Karu_vallavalitsus_Parnumaal, lk 49
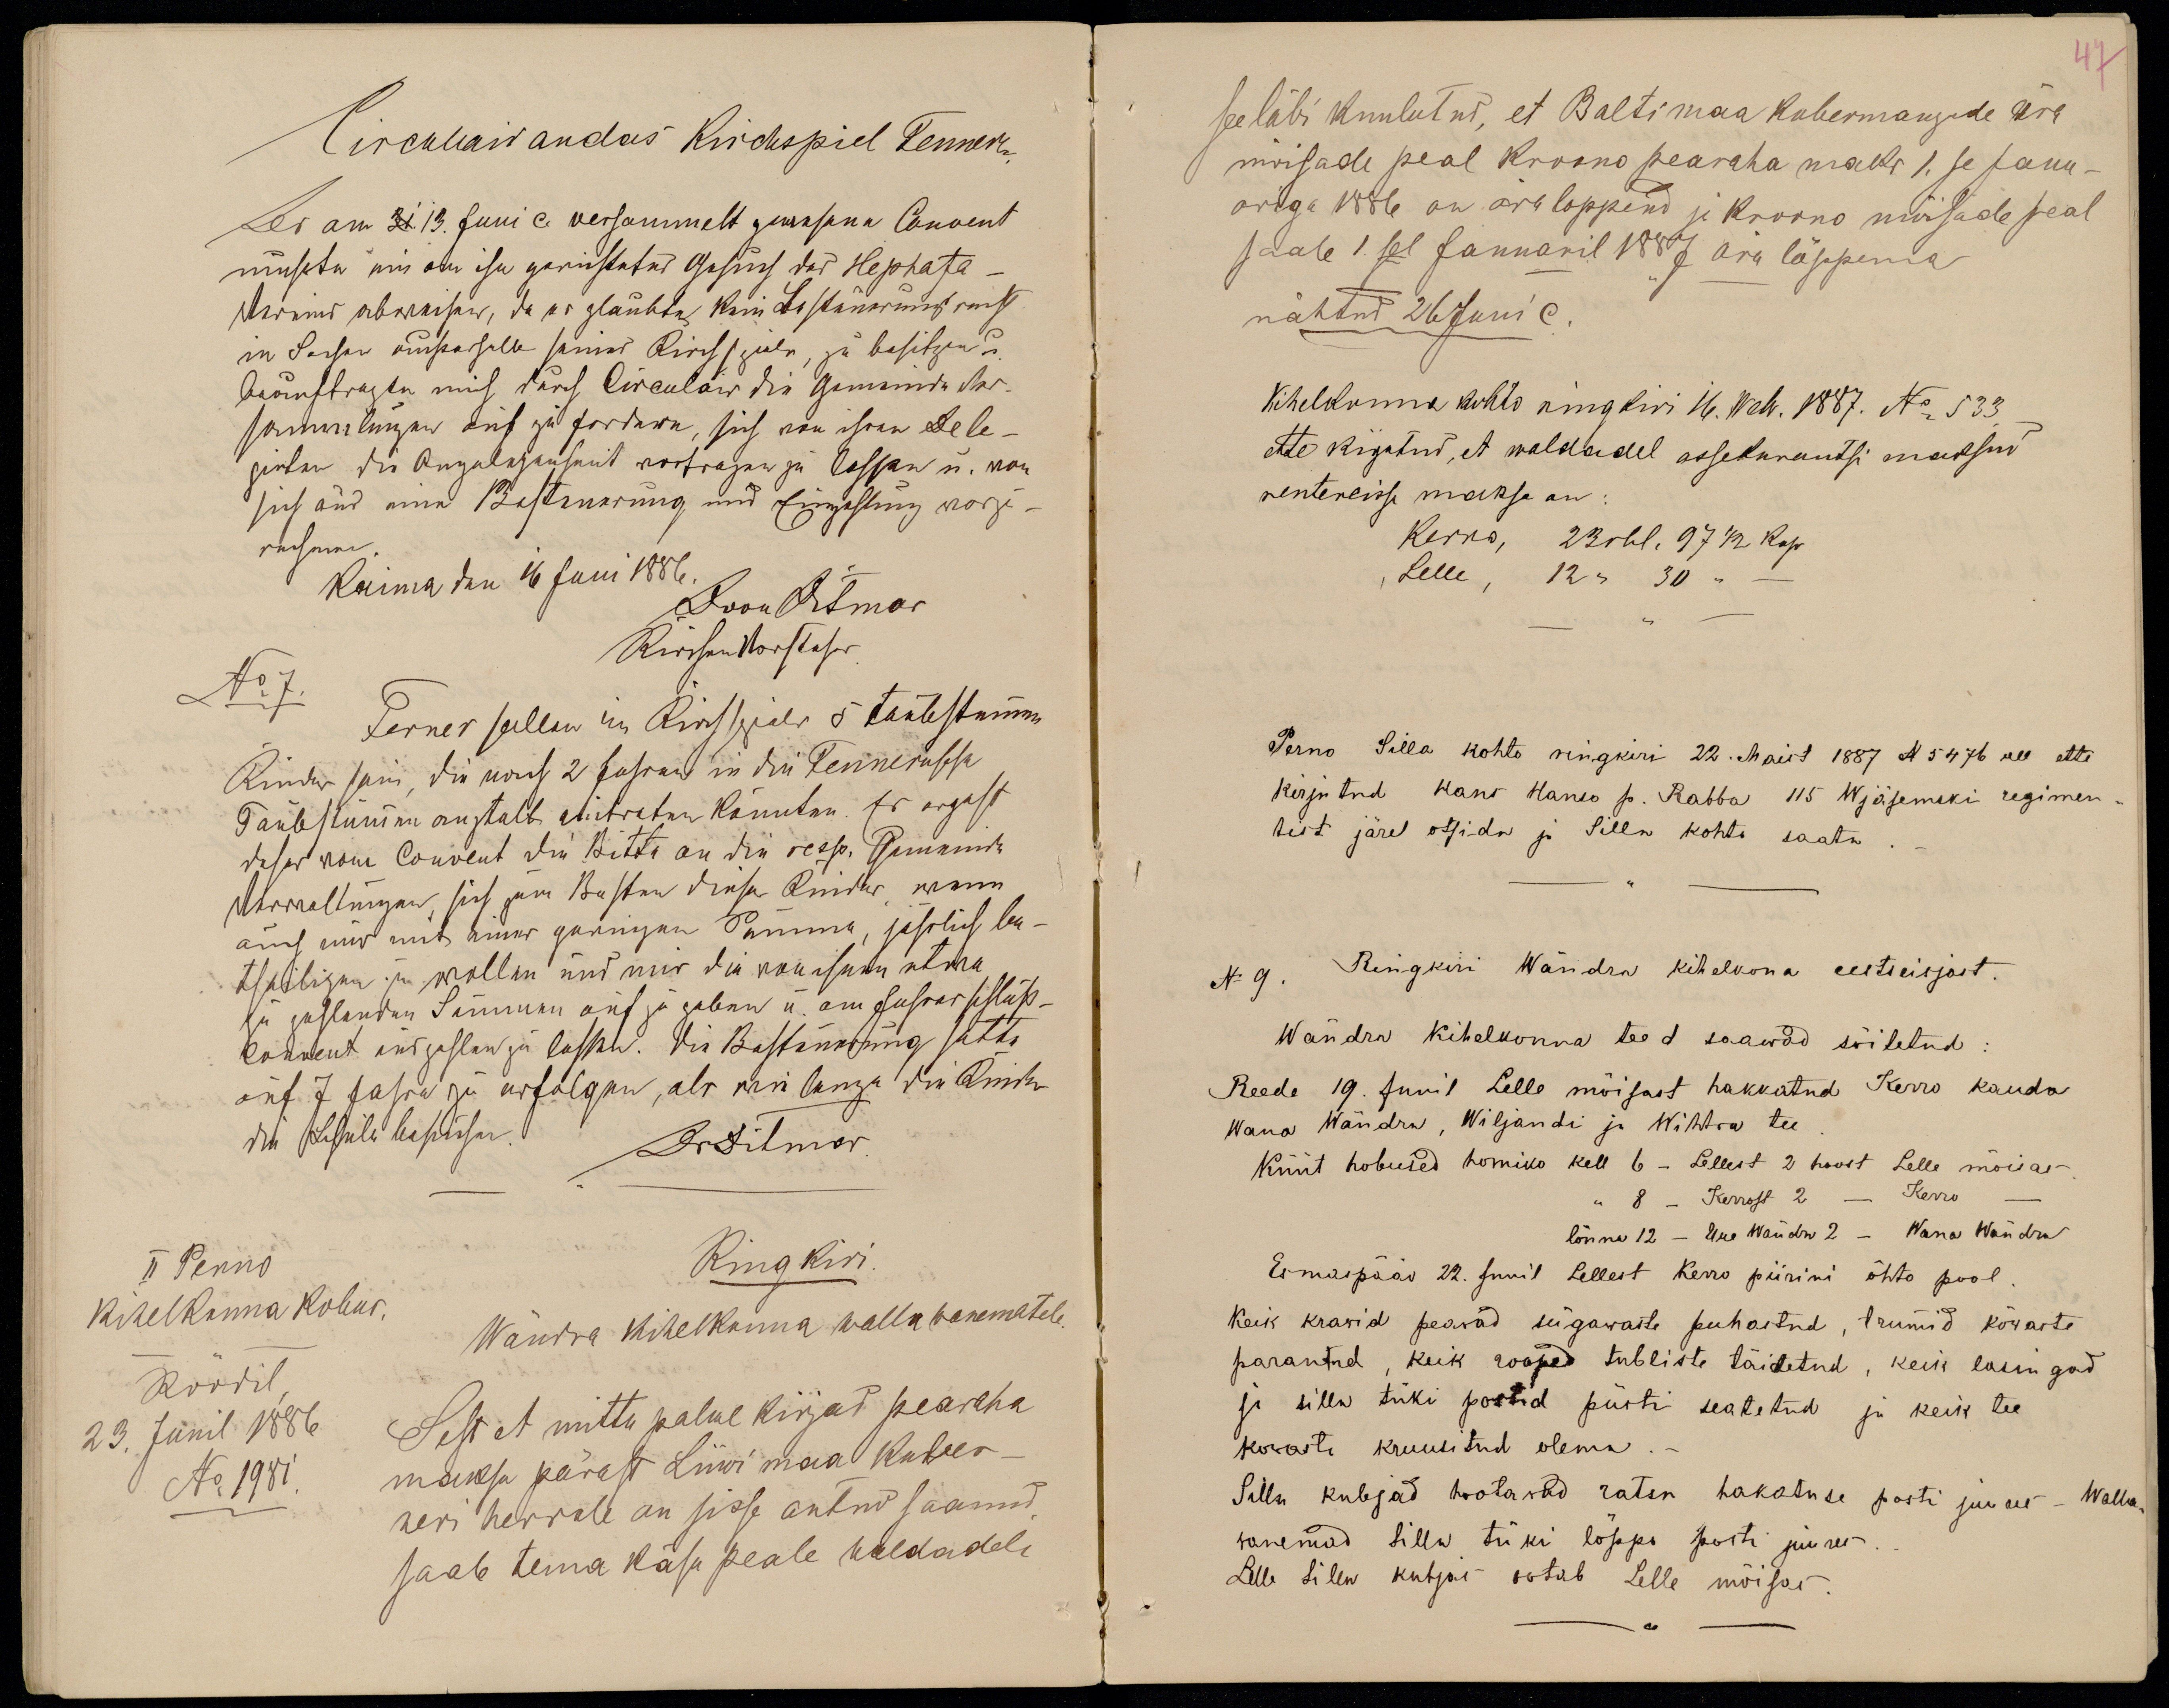
II Perno
kihelkonna kohus.
Roodil,
23. Junil 1886
No 1981.
Ring kiri.
Wändra kihelkonna wallawanematele.
Sest et mittu palwe kirjad pearaha
maksu pärast Liiwi maa kuber-
neri herrale on sisse antud saanud,
saab tema käsu peale waldadele

47
seeläbi kuulutud, et Baltimaa kubermangude ära
mõisade peal kroono pearaha maks 1.se Janu-
ariga 1886 on ära loppend ja kroono mõisade peal
saab 1.sel Januaril 1887 ära lõppema
nähtud 26 Juni c.
Kihelkonna kohto ringkiri 16. Web. 1887. No 533,
ette kirjutud, et waldadel assekurantsi maksud
rentereisse maksa on:
Kerro, 23 rbl. 97 1/2 kop.
Lelle, 12 " 30 " -
Perno Silla kohto ringkiri 22. Maist 1887 N 5476 all ette
kirjutud Hans Hanso p. Rabba 115 Wjäsemski regimen-
tist järel otsida ja Silla kohto saata._
N 9. Ringkiri Wändra kihelkona eestseisjast.
Wändra kihelkonna teed saawad sõitetud:
Reede 19. Junil Lelle mõisast hakkatud Kerro kauda
Wana Wändra, Wiljandi ja Wihtra tee.
Küüt hobused homiko kell 6 - Lellest 2 hoost Lelle mõisas.
" 8 - Kerrost 2 - Kerro -
lõuna 12 - Uue Wändra 2 - Wana Wändra
Esmaspääv 22. Junil Lellest Kerro piirini õhto pool.
Keik krawid peavad sügawaste puhastud, trummid kõwaste
parantud, keik rooped tubliste täidetud, keik lasingad
ja silla tüki postid püsti seatetud ja keik tee
kowaste kruusitud olema.-
Silla kubjad hootawad ratsa hakatuse posti juures - Walla-
wanemad silla tüki lõppe posti juures.
Lelle silla kubjas ootab Lelle mõisas.